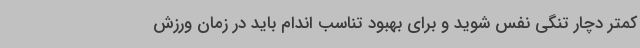
کمتر دچار تنگی نفس شوید و برای بهبود تناسب اندام باید در زمان ورزش